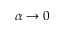
\alpha \rightarrow 0